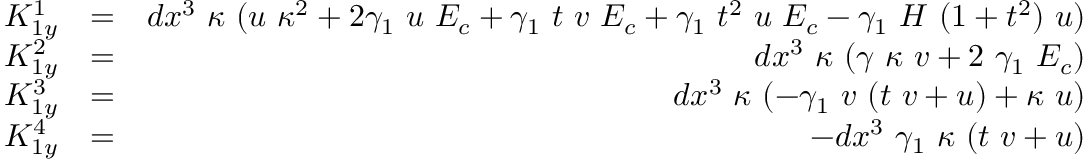
\begin{array} { r l r } { K _ { 1 y } ^ { 1 } } & { = } & { d x ^ { 3 } ~ \kappa ~ ( u ~ \kappa ^ { 2 } + 2 \gamma _ { 1 } ~ u ~ E _ { c } + \gamma _ { 1 } ~ t ~ v ~ E _ { c } + \gamma _ { 1 } ~ t ^ { 2 } ~ u ~ E _ { c } - \gamma _ { 1 } ~ H ~ ( 1 + t ^ { 2 } ) ~ u ) } \\ { K _ { 1 y } ^ { 2 } } & { = } & { d x ^ { 3 } ~ \kappa ~ ( \gamma ~ \kappa ~ v + 2 ~ \gamma _ { 1 } ~ E _ { c } ) } \\ { K _ { 1 y } ^ { 3 } } & { = } & { d x ^ { 3 } ~ \kappa ~ ( - \gamma _ { 1 } ~ v ~ ( t ~ v + u ) + \kappa ~ u ) } \\ { K _ { 1 y } ^ { 4 } } & { = } & { - d x ^ { 3 } ~ \gamma _ { 1 } ~ \kappa ~ ( t ~ v + u ) } \end{array}